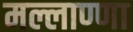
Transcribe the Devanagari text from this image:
मल्लाण्णा